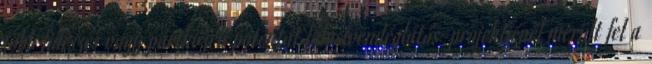
több fideszes vagy pártközeli potentát falusivendéglátás-projektjénél merült fel a